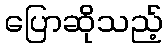
ပြောဆိုသည့်